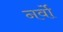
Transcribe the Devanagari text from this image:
नर्वो